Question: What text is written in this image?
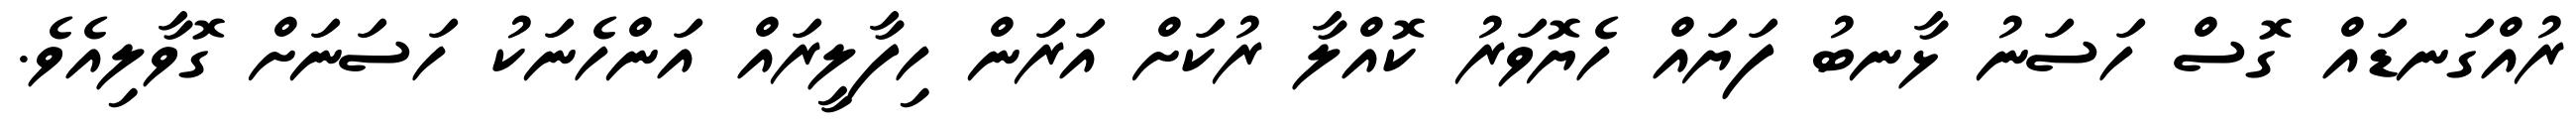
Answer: ރުއްގަނޑައް ގޮސް ހަސަނު ޅާނބު ފަޔައް ހެޔޮވަރު ކޮއްލާ ރުކަށް އަރަން ހިފާލީރައް އަންހެނަކު ހަސަނަށް ގޮވާލިއެވެ.